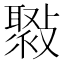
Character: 𣀒